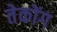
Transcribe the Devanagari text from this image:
तेकोंग